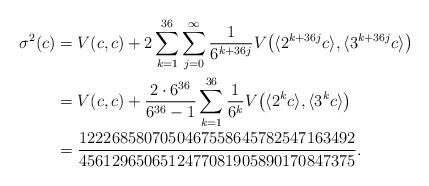
LaTeX: \begin{align*}\sigma^2(c)&=V(c, c)+2\sum_{k=1}^{36} \sum_{j=0}^\infty\frac1{6^{k+36j}}V\bigl(\langle 2^{k+36j}c\rangle, \langle 3^{k+36j}c\rangle\bigr) \\&=V(c, c)+\frac{2\cdot 6^{36}}{6^{36}-1}\sum_{k=1}^{36}\frac1{6^{k}} V\bigl(\langle 2^{k}c\rangle, \langle 3^{k}c\rangle\bigr) \\&=\frac{1222685807050467558645782547163492}{4561296506512477081905890170847375}.\end{align*}